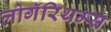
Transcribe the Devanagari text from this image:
लोगॅरिथम्स